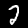
Digit: 2